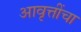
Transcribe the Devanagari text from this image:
आवृत्तींचा